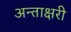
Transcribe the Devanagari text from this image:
अन्ताक्षरी